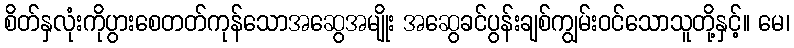
စိတ်နှလုံးကိုပွားစေတတ်ကုန်သောအဆွေအမျိုး အဆွေခင်ပွန်းချစ်ကျွမ်းဝင်သောသူတို့နှင့်။ မေ၊